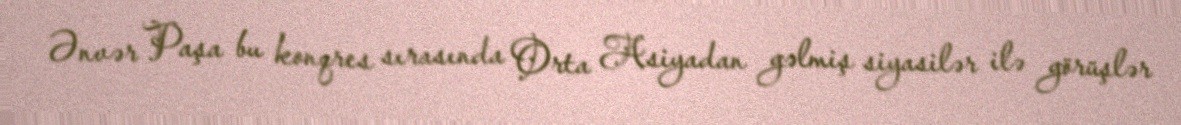
Ənvər Paşa bu konqres sırasında Orta Asiyadan gəlmiş siyasilər ilə görüşlər